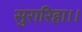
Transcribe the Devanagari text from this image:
सुरारिहा।।